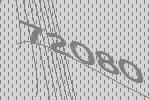
72080